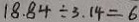
1 8 . 8 4 \div 3 . 1 4 = 6